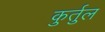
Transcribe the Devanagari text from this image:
कुर्तुल